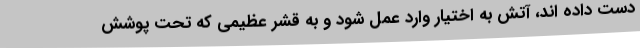
دست داده اند، آتش به اختیار وارد عمل شود و به قشر عظیمی که تحت پوشش